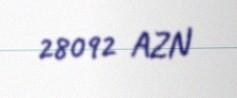
28092 AZN